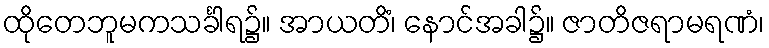
ထိုတေဘူမကသင်္ခါရ၌။ အာယတိံ၊ နောင်အခါ၌။ ဇာတိဇရာမရဏံ၊